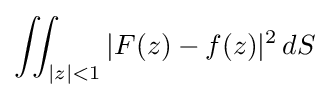
\iint _{|z|<1}|F(z)-f(z)|^{2}\,dS